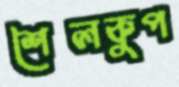
শৈলকুপ